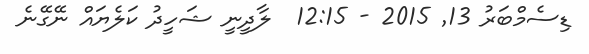
ޑިސެމްބަރު 13